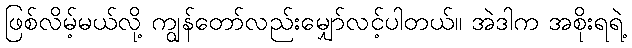
ဖြစ်လိမ့်မယ်လို့ ကျွန်တော်လည်းမျှော်လင့်ပါတယ်။ အဲဒါက အစိုးရရဲ့